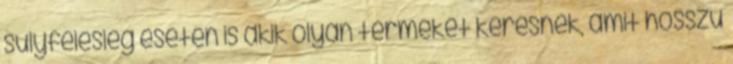
súlyfelesleg esetén is akik olyan terméket keresnek, amit hosszú